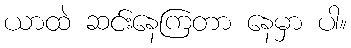
ယာထဲ ဆင်းနေကြတာ နေမှာ ပါ။